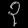
Digit: ၃